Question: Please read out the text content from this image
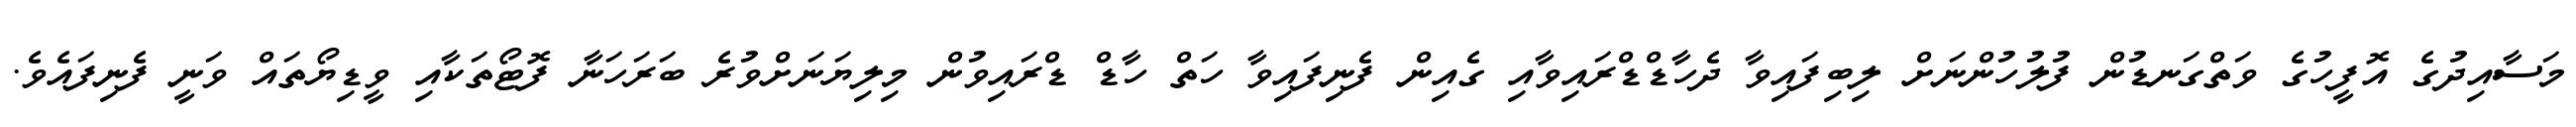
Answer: މަސާއިދުގެ އޮފީހުގެ ވަތްގަނޑުން ފުލުހުންނަށް ލިބިފައިވާ ދެހާޑްޑްރައިވާއި ގެއިން ފެނިފައިވާ ހަތް ހާޑް ޑްރައިވުން މިލިޔަނަށްވުރެ ބަރަހަނާ ފޮޓޯތަކާއި ވީޑިޔޯތައް ވަނީ ފެނިފައެވެ.